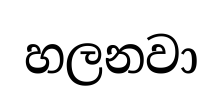
හලනවා